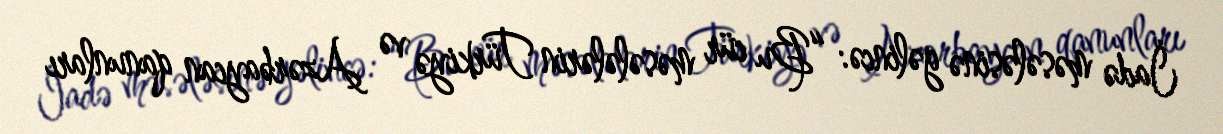
İadə məsələsinə gəlincə: “Bu cür məsələlərin Türkiyə və Azərbaycan qanunları